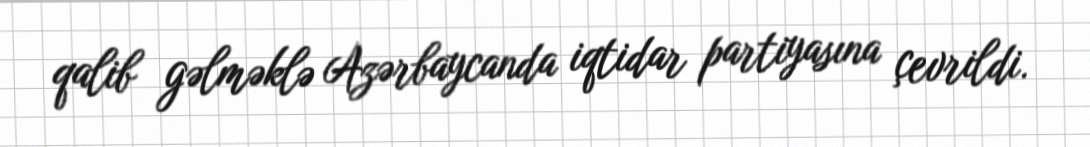
qalib gəlməklə Azərbaycanda iqtidar partiyasına çevrildi.